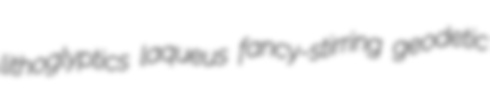
lithoglyptics laqueus fancy-stirring geodetic